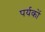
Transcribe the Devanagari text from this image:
पर्यकों